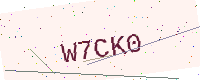
Text: W7CK0